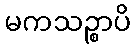
မကသဉ္စာပိ